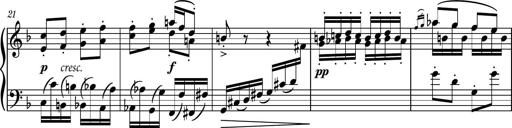
Title: Piano Sonatina No.8
Composer: Dimitri Sykias
Key: F major